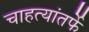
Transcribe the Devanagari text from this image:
चाहत्यांतर्फे